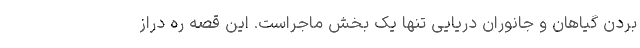
بردن گیاهان و جانوران دریایی تنها یک بخش ماجراست. این قصه ره دراز